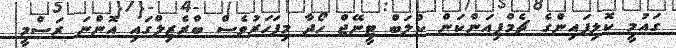
ގައުމީ ކޮލިފައިންގެ ޗެމްޕިއަންކަން ކްލަބް ޓީނޭޖް ހޯދާ މިފަހަރުވެސް ބްރެޒިލްގައި އޮންނަ ރަސްމީ